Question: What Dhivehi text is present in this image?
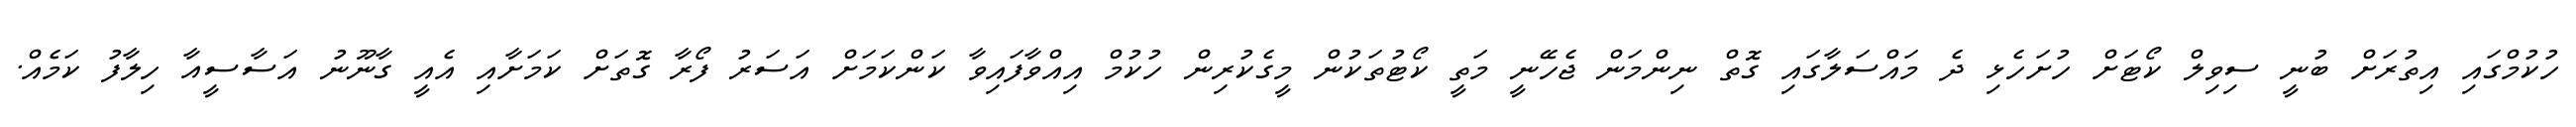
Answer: ހުކުމްގައި އިތުރަށް ބުނީ ސިވިލް ކޯޓަށް ހުށަހެޅި ދެ މައްސަލާގައި ގޮތް ނިންމަން ޖެހޭނީ މަތީ ކޯޓުތަކުން މީގެކުރިން ހުކުމް އިއްވާފައިވާ ކަންކަމަށް އަސަރު ފޯރާ ގޮތަށް ކަމަށާއި އެއީ ގާނޫނު އަސާސީއާ ހިލާފު ކަމެއް.